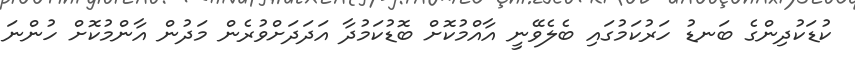
ކުޑަކުދިންގެ ބަނޑު ހަރުކަމުގައި ބެލެވޭނީ އާއްމުކޮށް ބޮޑުކަމުދާ އަދަދަށްވުރެން މަދުން އާންމުކޮށް ހުންނަ